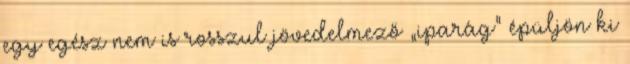
egy egész nem is rosszul jövedelmező „iparág” épüljön ki